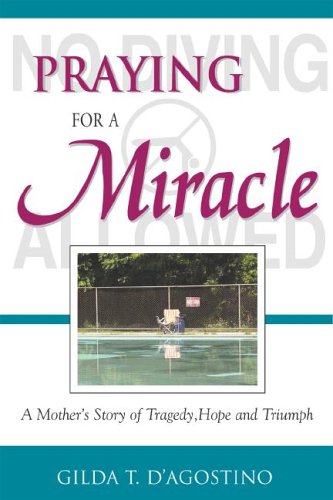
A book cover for Praying for a Miracle: A Mother's Story of Tragedy, Hope and Triumph; Gilda T. D'agostino; Health, Fitness & Dieting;